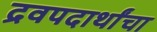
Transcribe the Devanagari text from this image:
द्रवपदार्थांचा